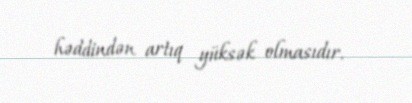
həddindən artıq yüksək olmasıdır.